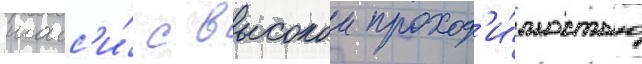
шасс'и́ с высокои проход'и́мостью